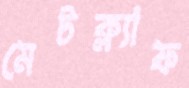
মেটক্ল্যাফ